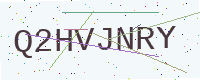
Text: Q2HVJNRY